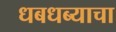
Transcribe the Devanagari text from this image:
धबधब्याचा